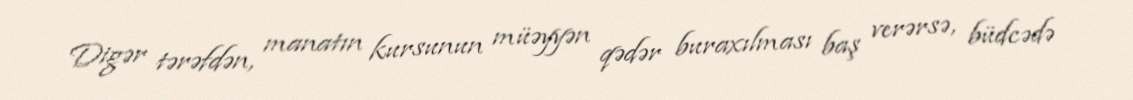
Digər tərəfdən, manatın kursunun müəyyən qədər buraxılması baş verərsə, büdcədə